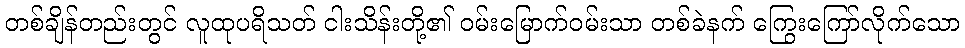
တစ်ချိန်တည်းတွင် လူထုပရိသတ် ငါးသိန်းတို့၏ ဝမ်းမြောက်ဝမ်းသာ တစ်ခဲနက် ကြွေးကြော်လိုက်သော